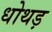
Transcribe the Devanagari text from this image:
धोथड़